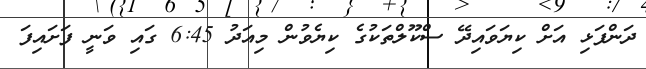
ދަންފަޅި އަށް ކިޔަވައިދޭ ސްކޫލްތަކުގެ ކިޔެވުން މިއަދު 6:45 ގައި ވަނީ ފަށައިފަ